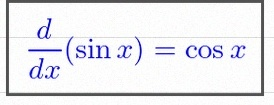
\frac{d}{dx}(\sin x)=\cos x